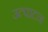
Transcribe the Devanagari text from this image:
उत्पाटन